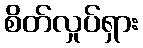
စိတ်လှုပ်ရှား